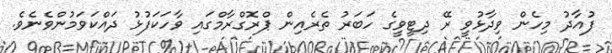
ފުއާދު މިހެން ވިދާޅުވީ ރޭ ދިޓީވީގެ ހަބަރު ތެރެއިން ޕްރޮގްރާމްގައި ވާހަކަފުޅު ދައްކަވަމުންވެނެވެ.